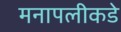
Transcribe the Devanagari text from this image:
मनापलीकडे